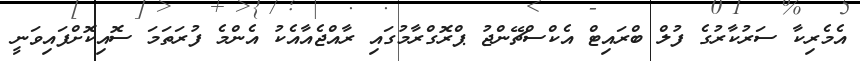
އެމެރިކާ ސަރުކާރުގެ ފުލް ބްރައިޓް އެކްސްޗޭންޖު ޕްރޮގްރާމުގައި ރާއްޖެއާއެކު އެންމެ ފުރަތަމަ ސޮއިކޮށްފައިވަނީ